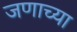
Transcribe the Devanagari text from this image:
जणाच्या